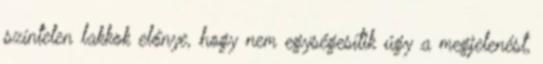
színtelen lakkok előnye, hogy nem egységesítik úgy a megjelenést,